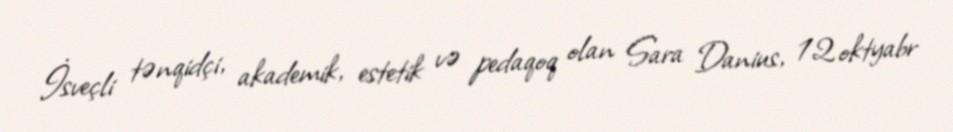
İsveçli tənqidçi, akademik, estetik və pedaqoq olan Sara Danius, 12 oktyabr